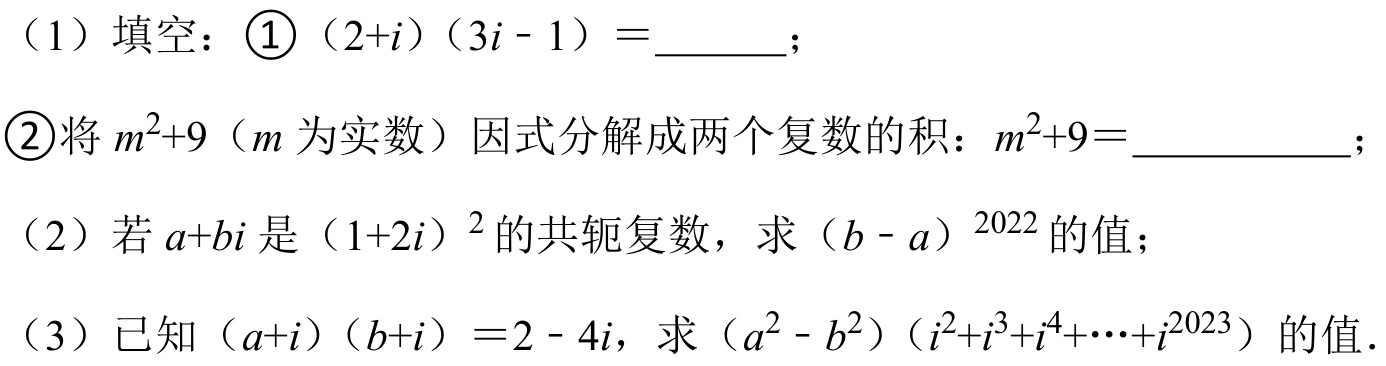
（1）填空：\textcircled{1}（\(2 + i\)）（\(3i - 1\)）\(=\underline{\quad\quad}\)；
\textcircled{2}将\(m^{2}+9\)（\(m\)为实数）因式分解成两个复数的积：\(m^{2}+9=\underline{\quad\quad}\)；
（2）若\(a + bi\)是（\(1 + 2i\)）\(^{2}\)的共轭复数，求（\(b - a\)）\(^{2022}\)的值；
（3）已知（\(a + i\)）（\(b + i\)）\(=2 - 4i\)，求（\(a^{2} - b^{2}\)）（\(i^{2}+i^{3}+i^{4}+\cdots +i^{2023}\)）的值．